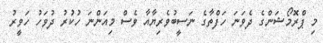
މި ޕްރޮމޯޝަންގެ ދެވަނަ ހަފްތާގެ ނަސީބުވެރިޔާއާ ވެސް މިއަންނަ ހުކުރު ދުވަހު ހަވީރު